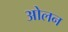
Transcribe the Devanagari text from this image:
ओलन